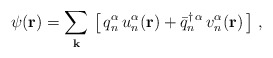
\begin{align*}\psi({\bf r}) = \sum_{\bf k}\,\left[\,q^{\alpha}_{n}\,u^{\alpha}_{n}({\bf r}) +{\bar q}^{\dagger\,{\alpha}}_{n}\,v^{\alpha}_{n}({\bf r})\,\right]\,,\end{align*}